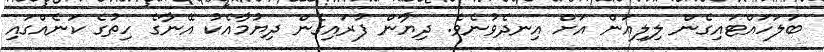
ބަލަހައްޓައިގެން ލިލިއަން އަށް އިނދެވުނެވެ. ދިޔާން ފުރައިގެން ދިޔުމާއެކު އޭނާގެ ހިތުގެ ކަނެއްގައި